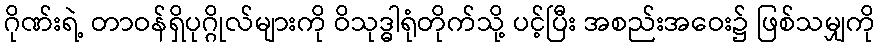
ဂိုဏ်းရဲ့ တာဝန်ရှိပုဂ္ဂိုလ်များကို ဝိသုဒ္ဓါရုံတိုက်သို့ ပင့်ပြီး အစည်းအဝေး၌ ဖြစ်သမျှကို